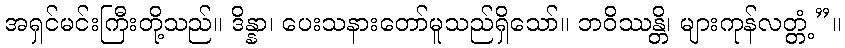
အရှင်မင်းကြီးတို့သည်။ ဒိန္နာ၊ ပေးသနားတော်မူသည်ရှိသော်။ ဘဝိဿန္တိ၊ များကုန်လတ္တံ့”။